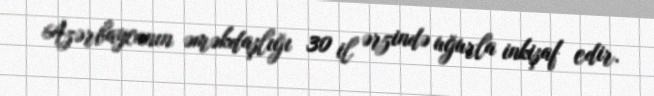
Azərbaycanın əməkdaşlığı 30 il ərzində uğurla inkişaf edir.